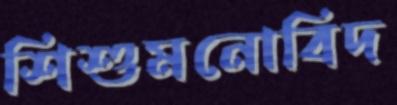
শিশুমনোবিদ